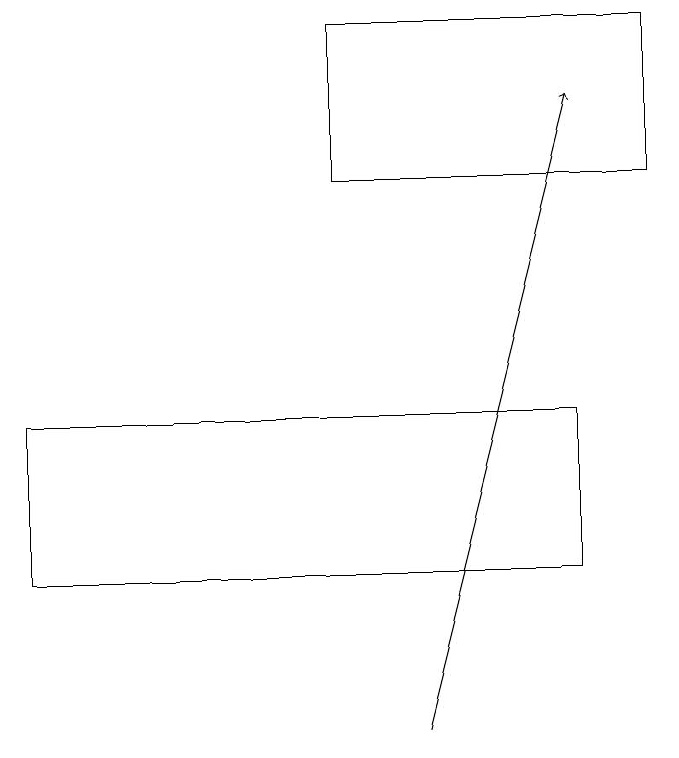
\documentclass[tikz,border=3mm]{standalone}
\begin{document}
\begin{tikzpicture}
\draw (0,12) rectangle (7,14);
\draw (8,19) rectangle (4,17);
\draw[->] (5,10) -- (7,18);
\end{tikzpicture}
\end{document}